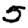
Digit: 5